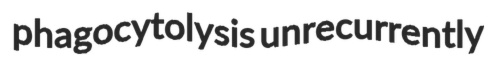
phagocytolysis unrecurrently